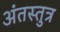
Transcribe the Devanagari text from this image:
अंतस्तुत्र